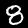
Label: 8